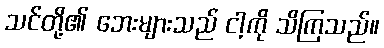
သင်တို့၏ ဘေးများသည် ငါ့ကို သိကြသည်။